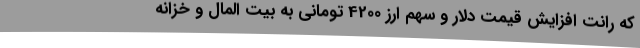
که رانت افزایش قیمت دلار و سهم ارز 4200 تومانی به بیت المال و خزانه